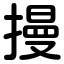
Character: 摱